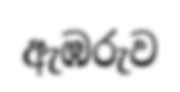
ඇඹරුව